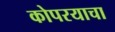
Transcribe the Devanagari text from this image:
कोपरयाचा